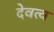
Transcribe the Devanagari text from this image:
देवत्‍व